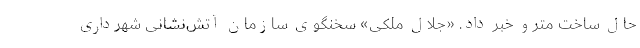
حال ساخت مترو خبر داد. «جلال ملکی» سخنگوی سازمان آتش‌نشانی شهرداری